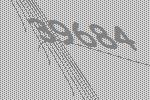
39684